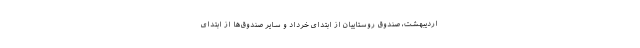
اردیبهشت، صندوق روستاییان از ابتدای خرداد و سایر صندوق‌ها از ابتدای